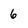
Character: 6